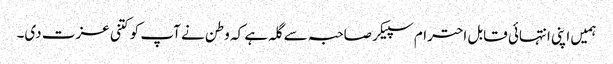
ہمیں اپنی انتہائی قابل احترام سپیکر صاحبہ سے گلہ ہے کہ وطن نے آپ کو کتنی عزت دی۔